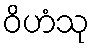
ဝိဟံသု